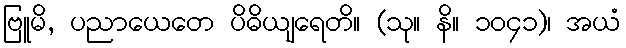
ဗြူမိ, ပညာယေတေ ပိဓိယျရေတိ။ (သု။ နိ။ ၁၀၄၁)၊ အယံ